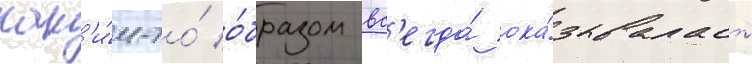
как'и́м-то́ о́бразом вс'егда́ ока́зывалась